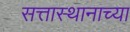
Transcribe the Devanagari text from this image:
सत्तास्थानाच्या